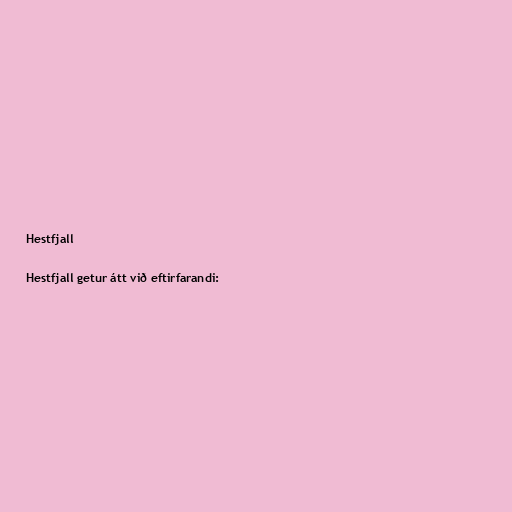
Hestfjall

Hestfjall getur átt við eftirfarandi: